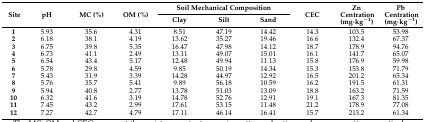
<table><thead><tr><td rowspan="2"><b>Site</b></td><td rowspan="2"><b>pH</b></td><td rowspan="2"><b>MC (%)</b></td><td rowspan="2"><b>OM (%)</b></td><td colspan="3"><b>Soil Mechanical Composition</b></td><td rowspan="2"><b>CEC</b></td><td rowspan="2"><b>Zn Centration (mg·kg<sup>−1</sup>)</b></td><td rowspan="2"><b>Pb Centration (mg·kg<sup>−1</sup>)</b></td></tr><tr><td><b>Clay</b></td><td><b>Silt</b></td><td><b>Sand</b></td></tr></thead><tbody><tr><td><b>1</b></td><td>5.93</td><td>35.6</td><td>4.31</td><td>8.51</td><td>47.19</td><td>14.42</td><td>14.3</td><td>103.5</td><td>53.98</td></tr><tr><td><b>2</b></td><td>6.18</td><td>38.1</td><td>4.19</td><td>13.62</td><td>35.27</td><td>19.46</td><td>16.6</td><td>132.4</td><td>67.37</td></tr><tr><td><b>3</b></td><td>6.75</td><td>39.8</td><td>5.35</td><td>16.47</td><td>47.98</td><td>14.12</td><td>18.7</td><td>178.9</td><td>94.76</td></tr><tr><td><b>4</b></td><td>6.73</td><td>41.1</td><td>2.49</td><td>13.11</td><td>49.07</td><td>15.01</td><td>16.1</td><td>141.7</td><td>65.07</td></tr><tr><td><b>5</b></td><td>6.54</td><td>43.4</td><td>5.17</td><td>12.48</td><td>49.94</td><td>11.13</td><td>15.8</td><td>176.9</td><td>59.98</td></tr><tr><td><b>6</b></td><td>5.78</td><td>29.8</td><td>4.59</td><td>9.85</td><td>50.19</td><td>14.34</td><td>15.3</td><td>153.8</td><td>71.79</td></tr><tr><td><b>7</b></td><td>5.43</td><td>31.9</td><td>3.39</td><td>14.28</td><td>44.97</td><td>12.92</td><td>16.5</td><td>201.2</td><td>65.34</td></tr><tr><td><b>8</b></td><td>5.76</td><td>35.7</td><td>5.41</td><td>9.89</td><td>56.18</td><td>10.59</td><td>16.2</td><td>191.5</td><td>61.31</td></tr><tr><td><b>9</b></td><td>5.94</td><td>40.8</td><td>2.77</td><td>13.78</td><td>51.03</td><td>13.09</td><td>18.8</td><td>163.2</td><td>71.59</td></tr><tr><td><b>10</b></td><td>6.32</td><td>41.6</td><td>3.19</td><td>14.78</td><td>52.76</td><td>12.91</td><td>19.1</td><td>167.3</td><td>81.35</td></tr><tr><td><b>11</b></td><td>7.45</td><td>43.2</td><td>2.99</td><td>17.61</td><td>53.15</td><td>11.48</td><td>21.2</td><td>178.9</td><td>77.08</td></tr><tr><td><b>12</b></td><td>7.27</td><td>42.7</td><td>4.79</td><td>17.11</td><td>46.14</td><td>16.41</td><td>15.7</td><td>213.2</td><td>61.34</td></tr></tbody></table>